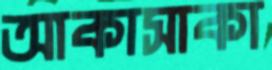
আকাসাকা